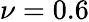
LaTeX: \nu=0.6